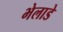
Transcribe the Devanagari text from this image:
भेलाडे